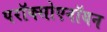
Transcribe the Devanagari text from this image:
परॉक्सोएनॉयन